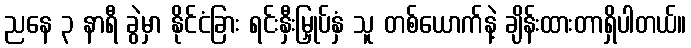
ညနေ ၃ နာရီ ခွဲမှာ နိုင်ငံခြား ရင်းနှီးမြှုပ်နှံ သူ တစ်ယောက်နဲ့ ချိန်းထားတာရှိပါတယ်။